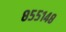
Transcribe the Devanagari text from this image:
८५५१४८